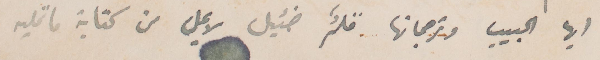
أيها الحبيب وترجمانها قلمٌ ضئيل لا يمل من كتابة ما تمليه